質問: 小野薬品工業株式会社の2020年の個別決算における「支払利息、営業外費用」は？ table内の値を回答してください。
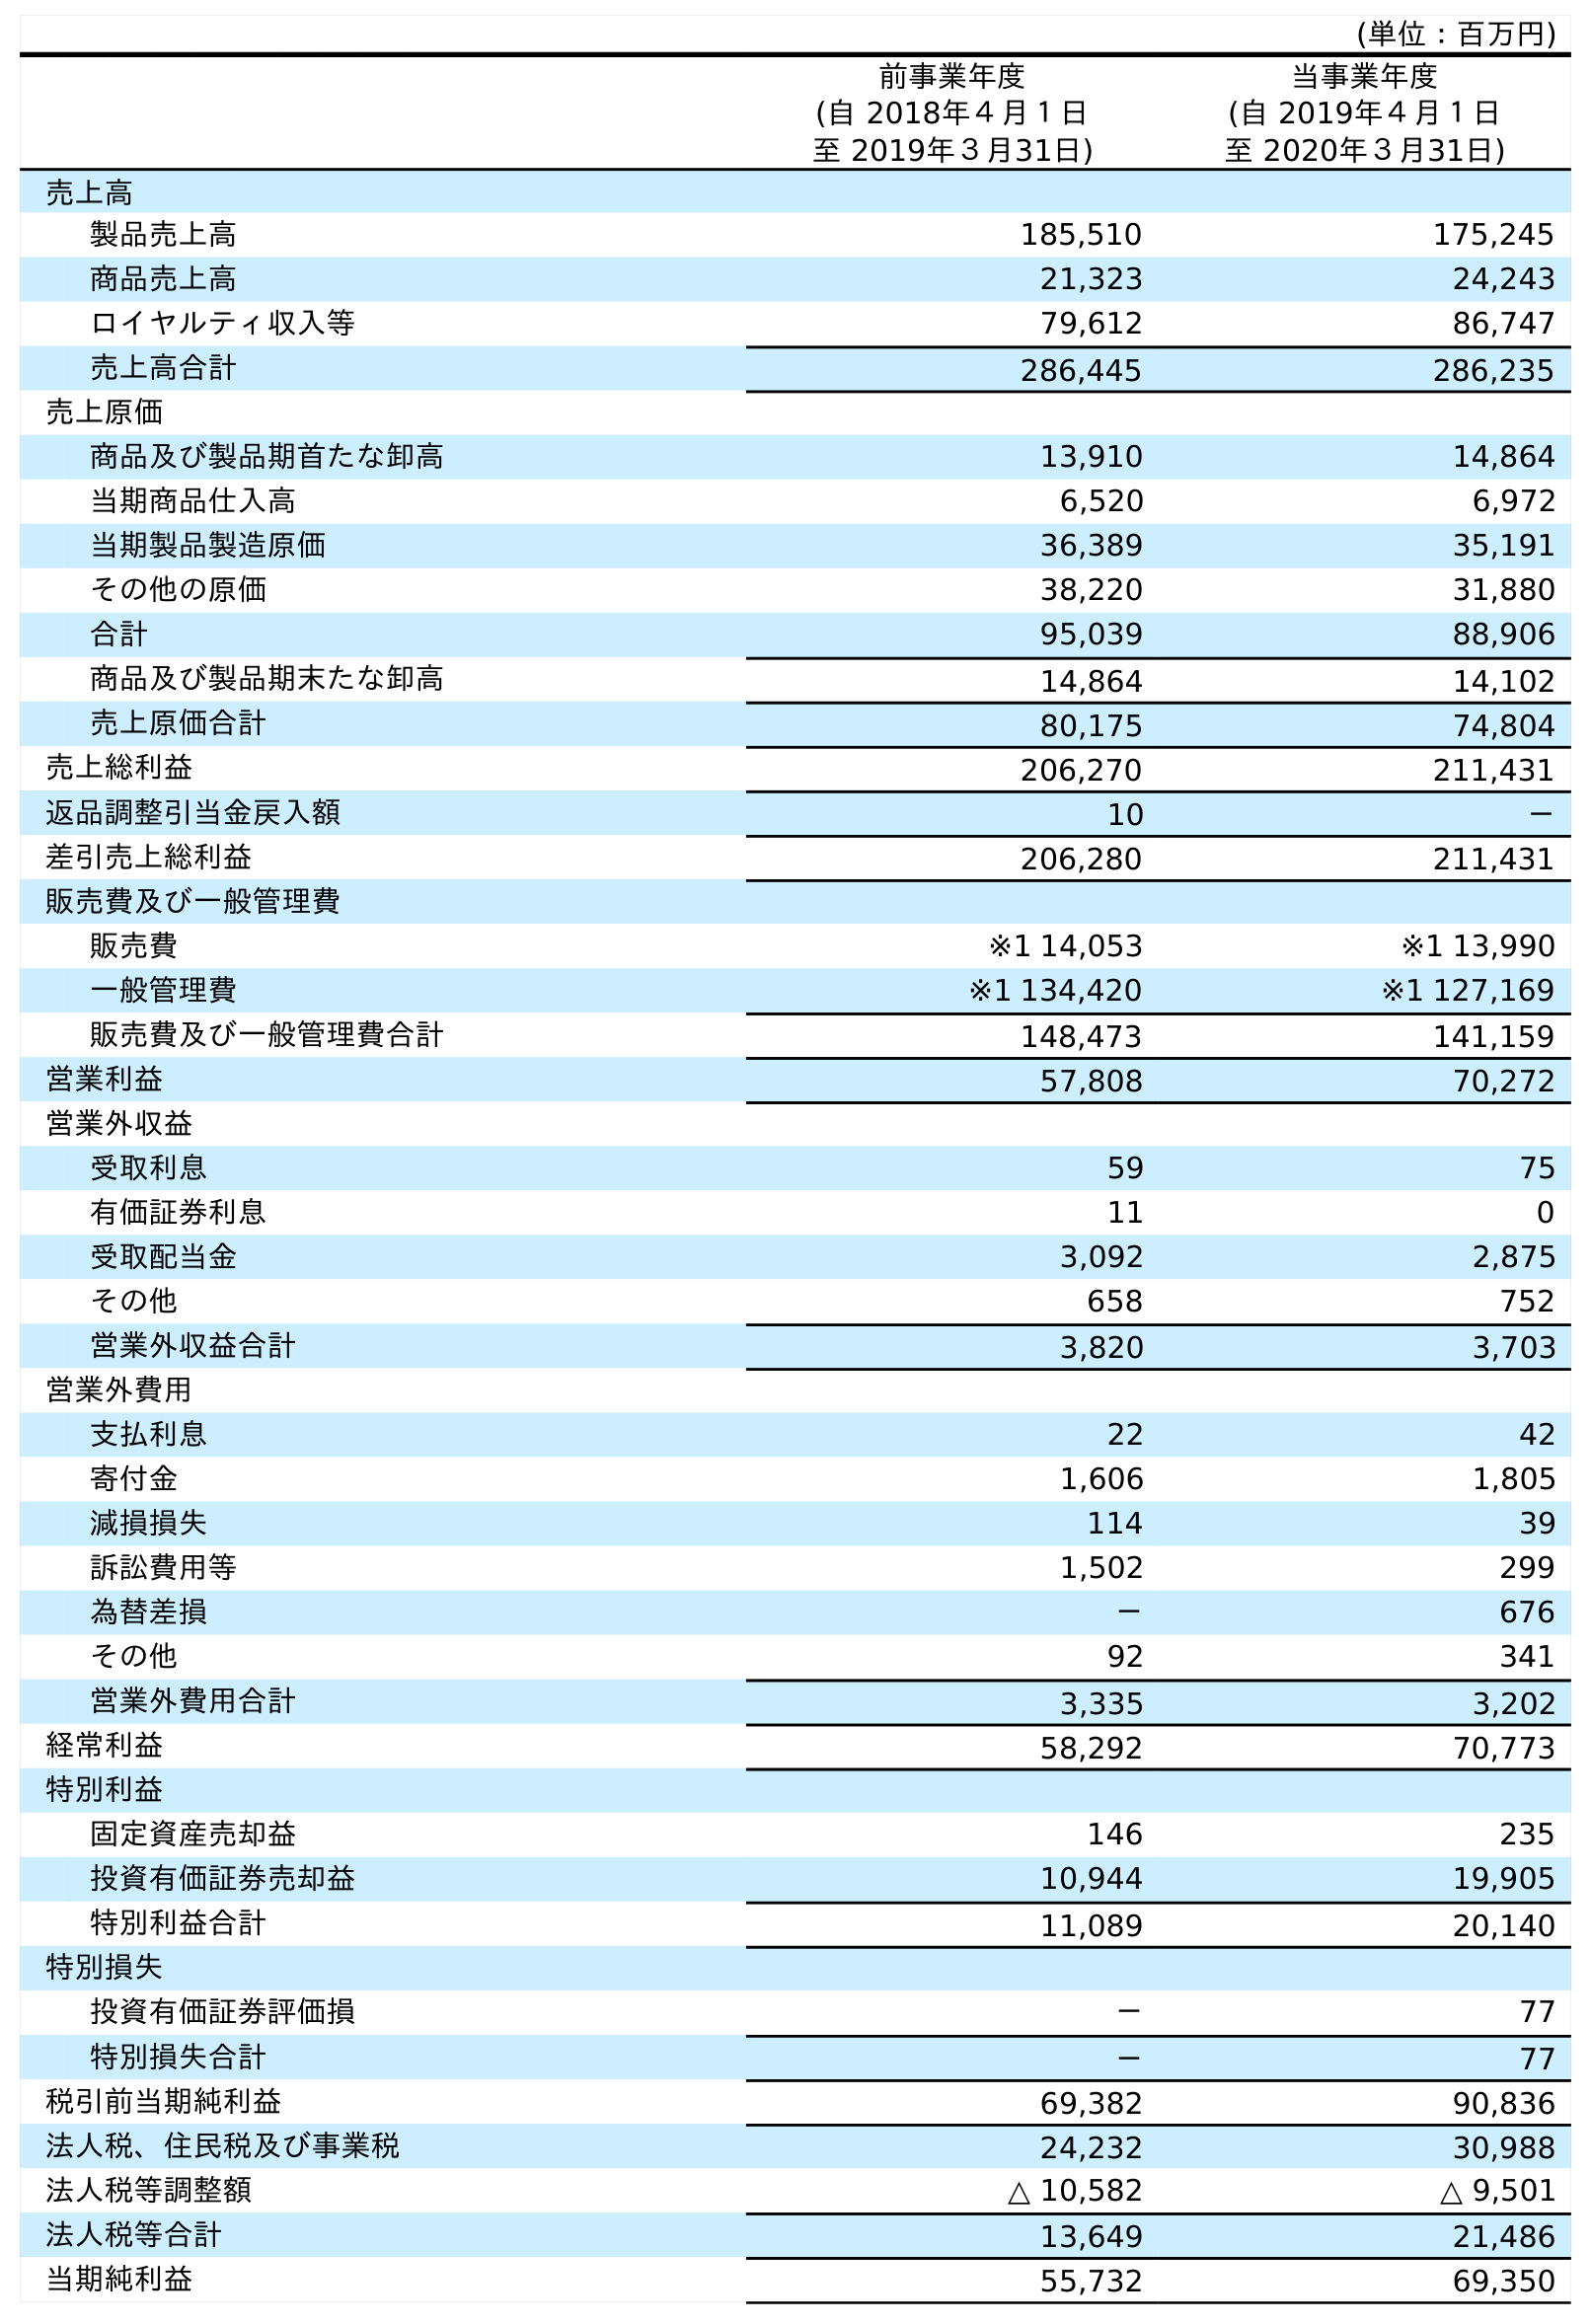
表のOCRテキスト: (単位：百万円) 前事業年度 (自 2018年４月１日 至 2019年３月31日) 当事業年度 (自 2019年４月１日 至 2020年３月31日) 売上高 製品売上高 185,510 175,245 商品売上高 21,323 24,243 ロイヤルティ収入等 79,612 86,747 売上高合計 286,445 286,235 売上原価 商品及び製品期首たな卸高 13,910 14,864 当期商品仕入高 6,520 6,972 当期製品製造原価 36,389 35,191 その他の原価 38,220 31,880 合計 95,039 88,906 商品及び製品期末たな卸高 14,864 14,102 売上原価合計 80,175 74,804 売上総利益 206,270 211,431 返品調整引当金戻入額 10 － 差引売上総利益 206,280 211,431 販売費及び一般管理費 販売費 ※1 14,053 ※1 13,990 一般管理費 ※1 134,420 ※1 127,169 販売費及び一般管理費合計 148,473 141,159 営業利益 57,808 70,272 営業外収益 受取利息 59 75 有価証券利息 11 0 受取配当金 3,092 2,875 その他 658 752 営業外収益合計 3,820 3,703 営業外費用 支払利息 22 42 寄付金 1,606 1,805 減損損失 114 39 訴訟費用等 1,502 299 為替差損 － 676 その他 92 341 営業外費用合計 3,335 3,202 経常利益 58,292 70,773 特別利益 固定資産売却益 146 235 投資有価証券売却益 10,944 19,905 特別利益合計 11,089 20,140 特別損失 投資有価証券評価損 － 77 特別損失合計 － 77 税引前当期純利益 69,382 90,836 法人税、住民税及び事業税 24,232 30,988 法人税等調整額 △ 10,582 △ 9,501 法人税等合計 13,649 21,486 当期純利益 55,732 69,350
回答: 42